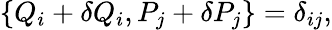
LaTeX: \{ Q_{i}+\delta Q_{i},P_{j}+\delta P_{j}\} =\delta_{ij},